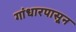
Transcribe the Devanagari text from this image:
गांधारपासून